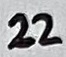
Text: 22